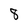
Character: 8